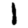
Digit: 1